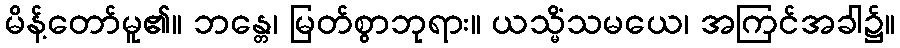
မိန့်တော်မူ၏။ ဘန္တေ၊ မြတ်စွာဘုရား။ ယသ္မိံသမယေ၊ အကြင်အခါ၌။